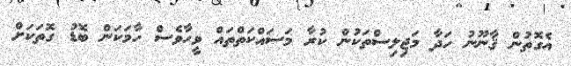
އެގޮތުން ޤާނޫނު ހަދާ މަޖިލިސްތަކުން ކުރާ މަސައްކަތްތައް ވީހާވެސް ހާމަކަން ބޮޑު ގޮތަކަށް